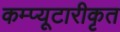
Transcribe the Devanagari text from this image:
कम्प्यूटारीकृत